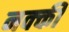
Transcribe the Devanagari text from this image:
नक्‍की